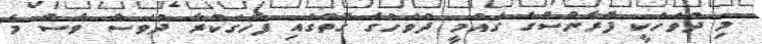
މި ދުވަހަކީ ފްރާންސްގެ ގައުމީ ދުވަހުގެ ގޮތުގައި ފާހަގަކުރާ ދުވަސް ވެސް މެ